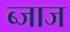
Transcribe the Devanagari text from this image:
ब्जाज